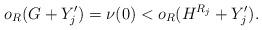
LaTeX: \begin{align*}o_R(G+Y_j') = \nu(0) < o_R(H^{R_j}+Y_j').\end{align*}